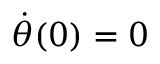
\dot { \theta } ( 0 ) = 0